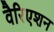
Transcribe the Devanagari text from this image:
वैरिएशन